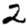
Digit: 2